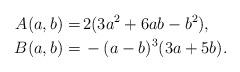
LaTeX: \begin{align*}A(a,b)=& \, 2 (3 a^2 + 6 a b - b^2), \\B(a,b)=& \, -(a - b)^3 (3 a + 5 b).\end{align*}